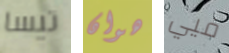
تيسا هوان فيي